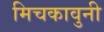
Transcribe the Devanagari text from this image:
मिचकावुनी